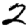
Digit: 2